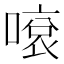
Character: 𠽓